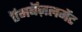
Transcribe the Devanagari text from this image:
ऍमबॅज़लमेंट